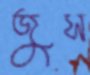
জুস